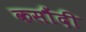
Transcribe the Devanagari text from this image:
कसौंदी